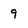
Character: 9